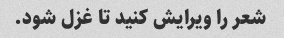
شعر را ویرایش کنید تا غزل شود.